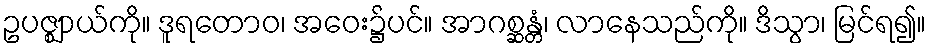
ဥပဇ္ဈာယ်ကို။ ဒူရတောဝ၊ အဝေး၌ပင်။ အာဂစ္ဆန္တံ၊ လာနေသည်ကို။ ဒိသွာ၊ မြင်ရ၍။